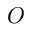
O